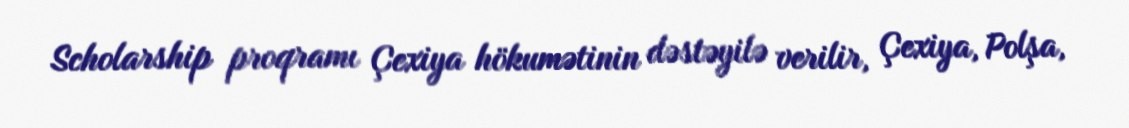
Scholarship proqramı Çexiya hökumətinin dəstəyilə verilir, Çexiya, Polşa,